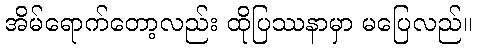
အိမ်ရောက်တော့လည်း ထိုပြဿနာမှာ မပြေလည်။